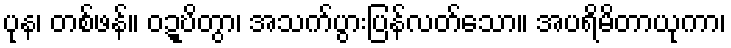
ပုန၊ တစ်ဖန်။ ဝဍ္ဎိတွာ၊ အသက်ပွားပြန်လတ်သော။ အပရိမိတာယုကာ၊